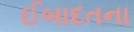
ઈબાદતના